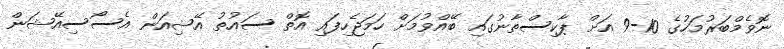
ނޮވެމްބަރުމަހުގެ 10-9 އަށް ޕާކިސްތާނުގައި ބޭއްވުމަށް ހަމަޖެހިފައި އޮތް ސައުތު އޭޝިއަން އެސޯސިއޭޝަން